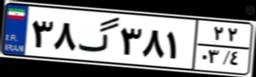
۳۸گ۳۸۱۲۲